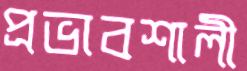
প্রভাবশালী